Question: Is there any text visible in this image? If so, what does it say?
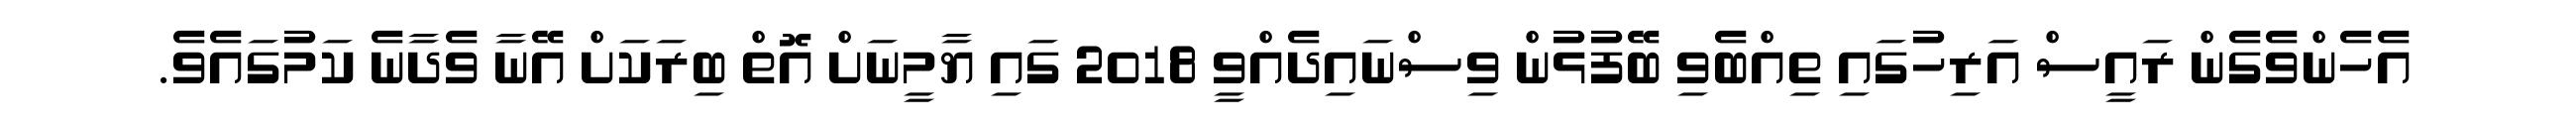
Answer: އެހެންވެގެން ރައީސް އަރިހުގައި ތިއްބެވި ބޭފުޅުން ވިސްނައިދެއްވީ 2018 ގައި ޔާމީނަށް އޮތް ބިރަކަށް އޭނާ ވެދާނެ ކަމުގައެވެ.